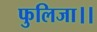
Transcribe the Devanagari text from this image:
फुलिजा।।